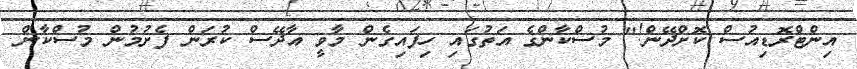
އިންޓްރޮޑިއުސް ކޮށްދޭން!" މުސްކާންގެ އަތުގައި ހިފައިގެން މާވީ އާދޭސް ކުރަން ފެށުމުން މުސްކާން